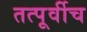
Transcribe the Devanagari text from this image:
तत्पूर्वीच